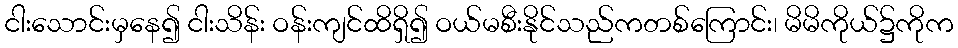
ငါးသောင်းမှနေ၍ ငါးသိန်း ဝန်းကျင်ထိရှိ၍ ဝယ်မစီးနိုင်သည်ကတစ်ကြောင်း၊ မိမိကိုယ်၌ကိုက